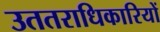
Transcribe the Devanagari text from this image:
उततराधिकारियों